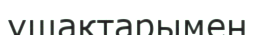
ұшақтарымен